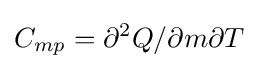
C_{mp}=\partial ^{2}Q/\partial m\partial T